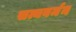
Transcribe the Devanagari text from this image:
सत्यवर्मन